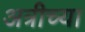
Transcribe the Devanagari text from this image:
अत्रीच्या